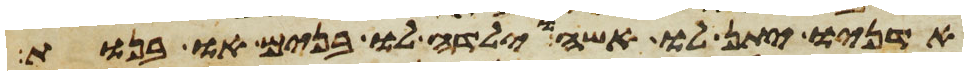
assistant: אדניו יתן לו אשה וילדה לו בנים או בנות